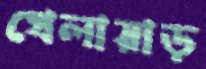
খেলায়াড়